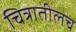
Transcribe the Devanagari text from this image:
चित्रातीलच